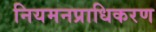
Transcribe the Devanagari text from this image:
नियमनप्राधिकरण